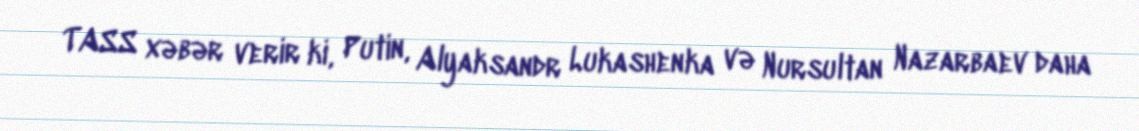
TASS xəbər verir ki, Putin, Alyaksandr Lukashenka və Nursultan Nazarbaev daha